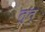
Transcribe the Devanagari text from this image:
तुत्